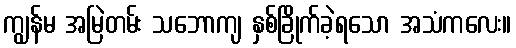
ကျွန်မ အမြဲတမ်း သဘောကျ နှစ်ခြိုက်ခဲ့ရသော အသံကလေး။